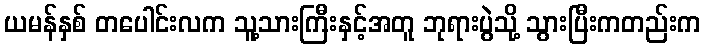
ယမန်နှစ် တပေါင်းလက သူ့သားကြီးနှင့်အတူ ဘုရားပွဲသို့ သွားပြီးကတည်းက